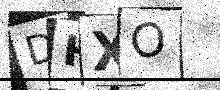
Text: DHXO